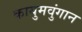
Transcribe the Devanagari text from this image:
कायुमवुंगान